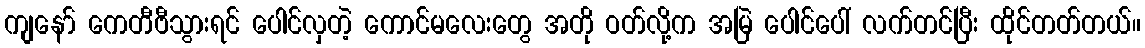
ကျနော် ကေတီဗီသွားရင် ပေါင်လှတဲ့ ကောင်မလေးတွေ အတို ဝတ်လို့က အမြဲ ပေါင်ပေါ် လက်တင်ပြီး ထိုင်တတ်တယ်။